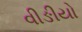
વીઙીયો